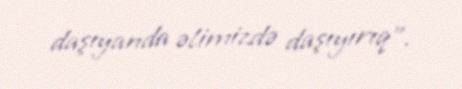
daşıyanda əlimizdə daşıyırıq".